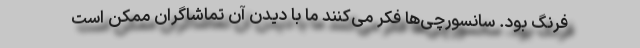
فرنگ بود. سانسورچی‌ها فکر می‌کنند ما با دیدن آن تماشاگران ممکن است